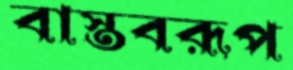
বাস্তবরূপ